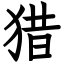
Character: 猎